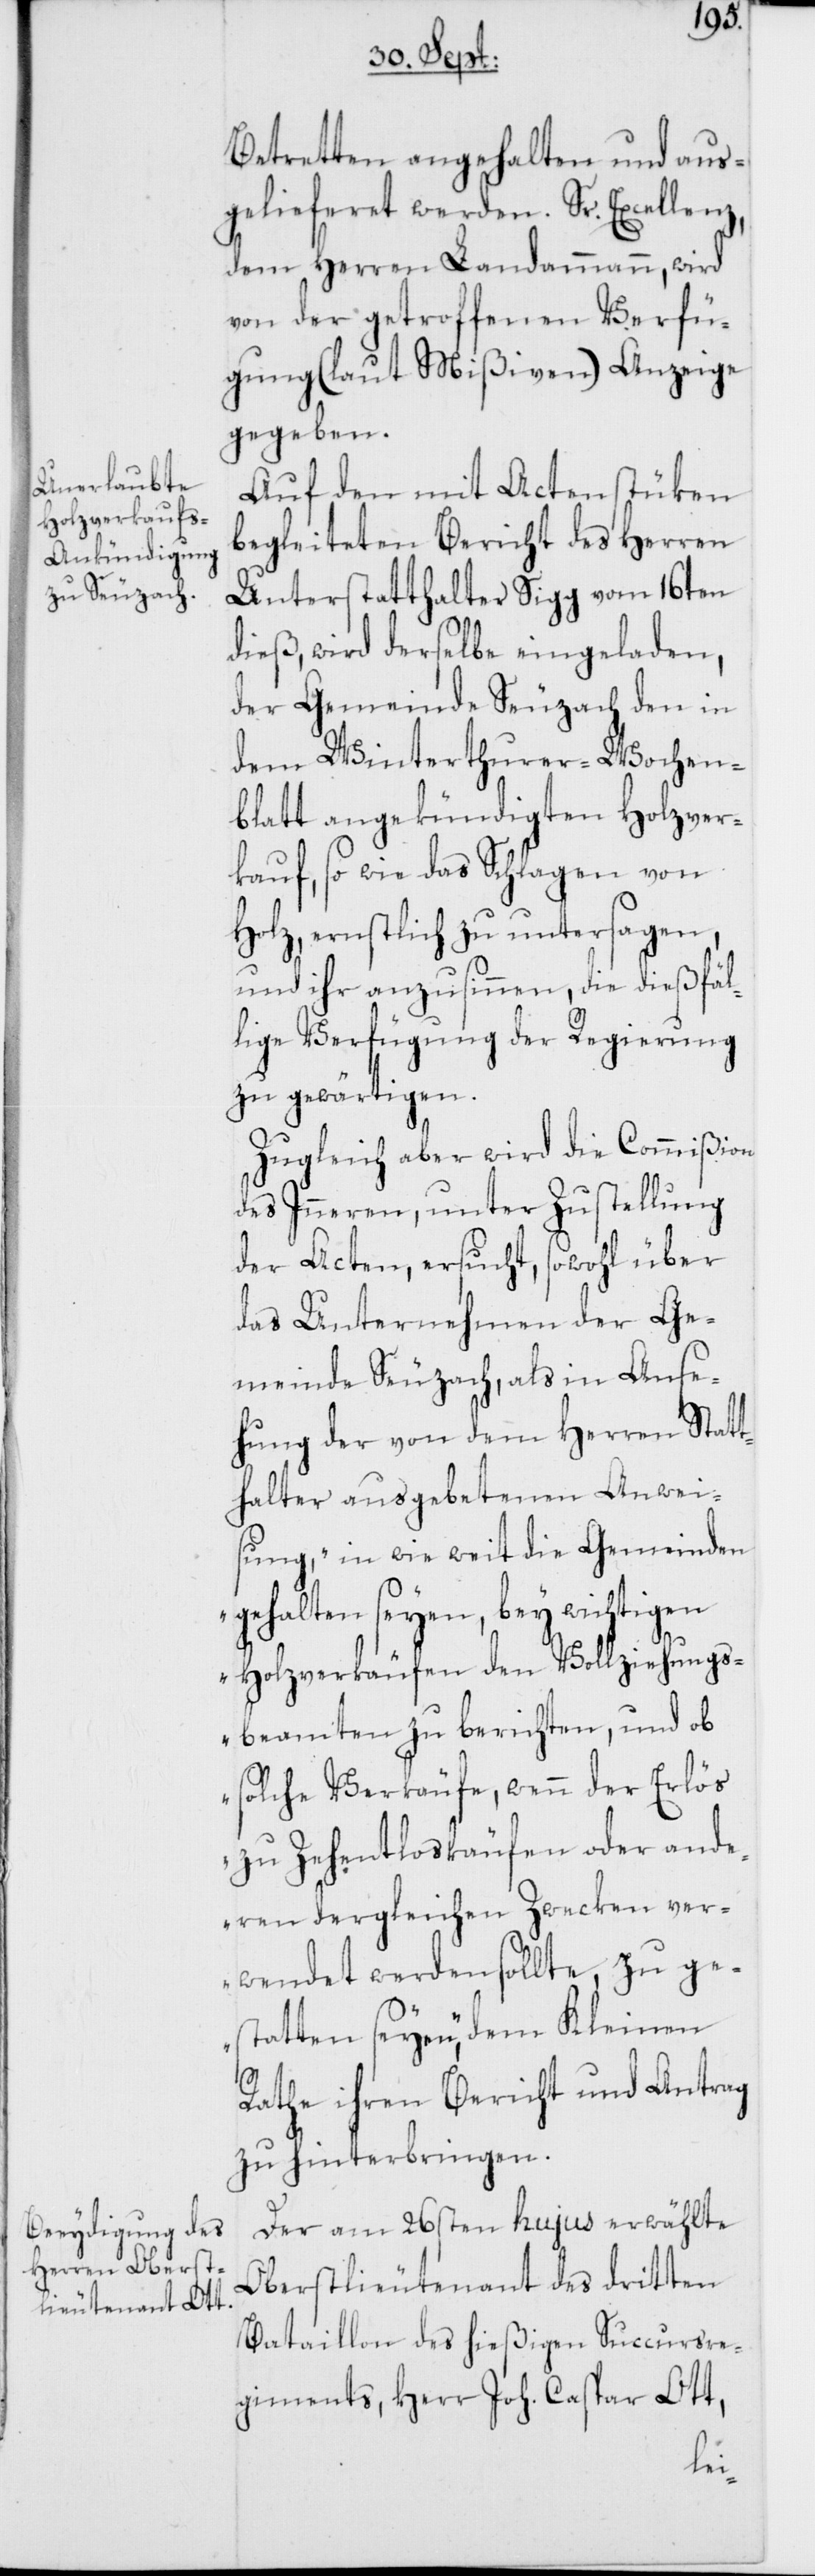
Betretten angehalten und aus¬
gelieferet werden. Sr. Excellenz,
dem Herren Landammann, wird
von der getroffenen Verfü¬
gung (laut Mißiven) Anzeige
gegeben.
Auf den mit Actenstüken
begleiteten Bericht des Herren
Unterstatthalter Sigg vom 16ten
dieß, wird derselbe eingeladen,
der Gemeinde Seuzach den in
dem Winterthurer-Wochen¬
blatt angekündigten Holzver¬
kauf, so wie das Schlagen von
Holz, ernstlich zu untersagen,
und ihr anzusinnen, die dießfäl¬
lige Verfügung der Regierung
zu gewärtigen.
Zugleich aber wird die Commißion
des Inneren, unter Zustellung
der Acten, ersucht, sowohl über
das Unternehmen der Ge¬
meinde Seuzach, als in Anse¬
hung der von dem Herren Stat¬
thalter ausgebetenen Anwei¬
sung, „in wie weit die Gemeinden
gehalten seyen, bey wichtigen
Holzverkäufen den Vollziehungs¬
beamten zu berichten, und ob
solche Verkäufe, wenn der Erlös
zu Zehentloskäufen oder and¬
eren dergleichen Zwecken ver¬
wendet werden sollte, zu ge¬
statten seyen“, dem Kleinen
Rathe ihren Bericht und Antrag
zu hinterbringen.
Der am 26sten hujus erwählte
Oberstlieutenant des dritten
Bataillon des hießigen Succursre¬
giments, Herr Joh. Caspar Ott,